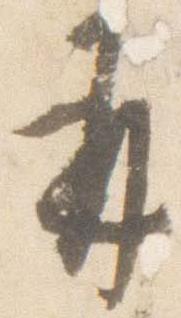
并